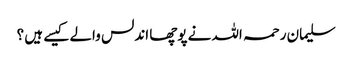
سلیمان رحمہ اللہ نے پوچھا اندلس والے کیسے ہیں ؟